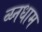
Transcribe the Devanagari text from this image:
व्य्नधाम